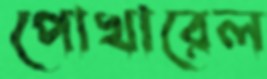
পোখারেল